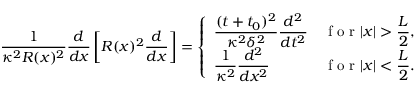
\frac { 1 } { \kappa ^ { 2 } R ( x ) ^ { 2 } } \frac { d } { d x } \left[ R ( x ) ^ { 2 } \frac { d } { d x } \right] = \left\{ \begin{array} { l l } { \displaystyle \frac { ( t + t _ { 0 } ) ^ { 2 } } { \kappa ^ { 2 } \delta ^ { 2 } } \frac { d ^ { 2 } } { d t ^ { 2 } } } & { \displaystyle \textrm { f o r } | x | > \frac { L } { 2 } , } \\ { \displaystyle \frac { 1 } { \kappa ^ { 2 } } \frac { d ^ { 2 } } { d x ^ { 2 } } } & { \displaystyle \textrm { f o r } | x | < \frac { L } { 2 } . } \end{array} \right.